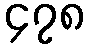
၄၇၈